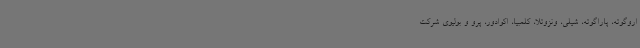
اروگوئه، پاراگوئه، شیلی، ونزوئلا، کلمبیا، اکوادور، پرو و بولیوی شرکت